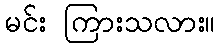
မင်း ကြားသလား။